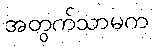
အတွက်သာမက